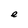
Character: e